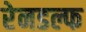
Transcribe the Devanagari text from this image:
रेनडल्फ